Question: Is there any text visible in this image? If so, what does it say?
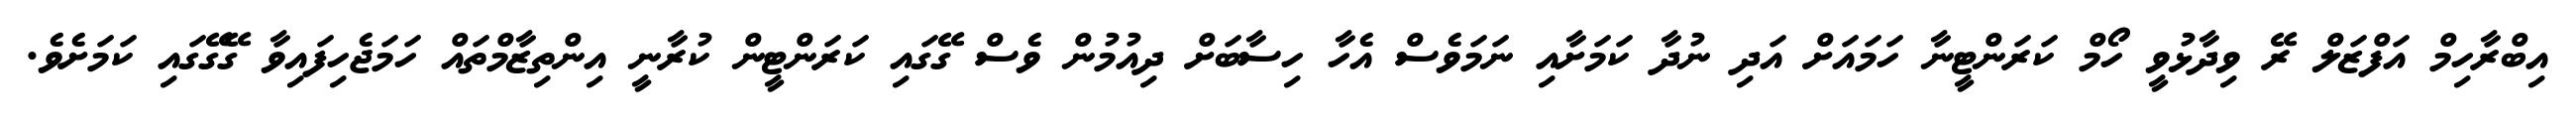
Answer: އިބްރާހިމް އަފްޒަލް ރޭ ވިދާޅުވީ ހޯމް ކަރަންޓީނާ ހަމައަށް އަދި ނުދާ ކަމަށާއި ނަމަވެސް އެހާ ހިސާބަށް ދިއުމުން ވެސް ގޭގައި ކަރަންޓީން ކުރާނީ އިންތިޒާމްތައް ހަމަޖެހިފައިވާ ގޭގޭގައި ކަމަށެވެ.